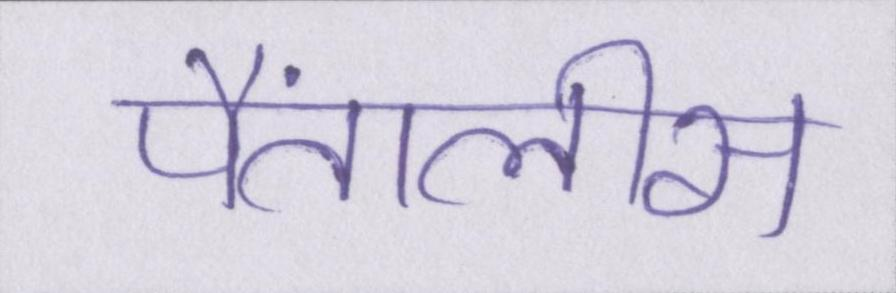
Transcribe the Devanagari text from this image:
पैंतालीस